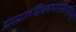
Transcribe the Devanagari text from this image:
प्रताधिकारासंबंधीच्या